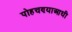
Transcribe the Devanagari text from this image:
पोहचण्याआधी